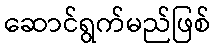
ဆောင်ရွက်မည်ဖြစ်